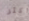
أكثر